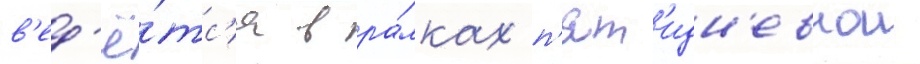
в'ед'ё́тс'я в ра́мках п'ят'идн'евнои